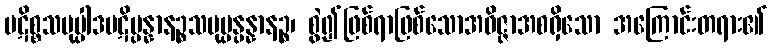
ပဋိစ္စသမုပ္ပါဒပဋိပ္ပန္နာနဉ္စသမုပ္ပန္ပန္နာနဉ္စ၊ စွဲ၍ဖြစ်ရာဖြစ်သောအဝိဇ္ဇာအစရှိသော အကြောင်းတရား၏